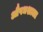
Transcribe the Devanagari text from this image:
औषधशाला